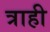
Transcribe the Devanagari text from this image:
त्राही